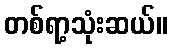
တစ်ရာ့သုံးဆယ်။